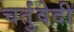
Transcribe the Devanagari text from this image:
चर्तुवेदी